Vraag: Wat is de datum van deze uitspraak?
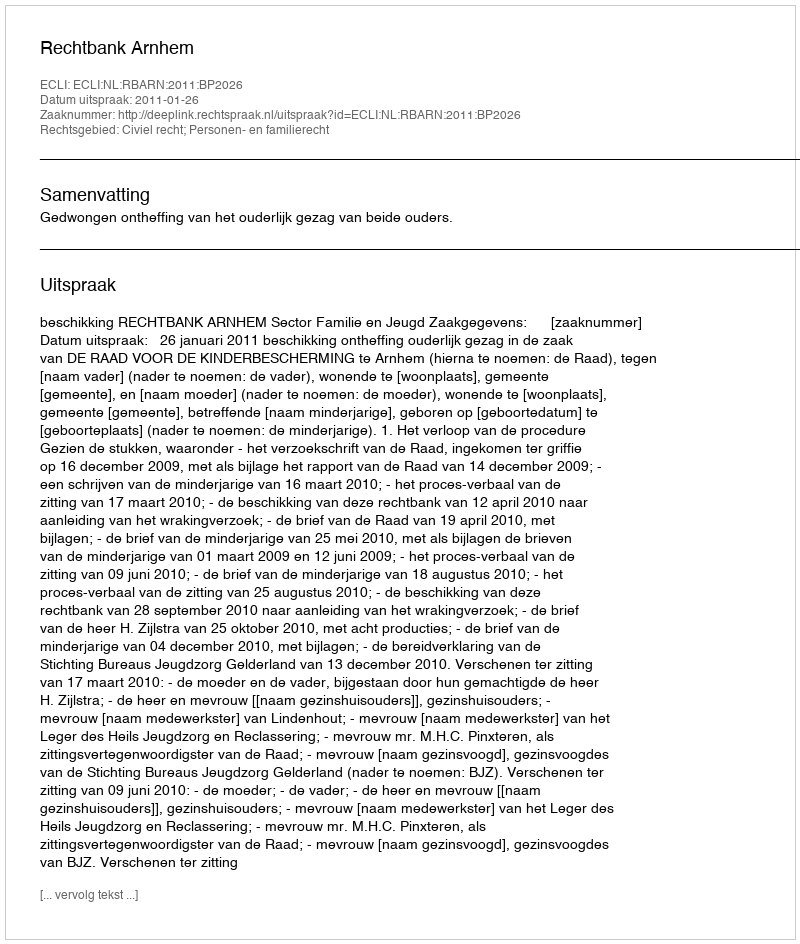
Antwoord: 2011-01-26